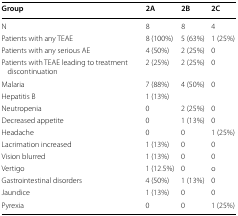
<table><thead><tr><td><b>Group</b></td><td><b>2A</b></td><td><b>2B</b></td><td><b>2C</b></td></tr></thead><tbody><tr><td>N</td><td>8</td><td>8</td><td>4</td></tr><tr><td>Patients with any TEAE</td><td>8 (100%)</td><td>5 (63%)</td><td>1 (25%)</td></tr><tr><td>Patients with any serious AE</td><td>4 (50%)</td><td>2 (25%)</td><td>0</td></tr><tr><td>Patients with TEAE leading to treatment discontinuation</td><td>2 (25%)</td><td>2 (25%)</td><td>0</td></tr><tr><td>Malaria</td><td>7 (88%)</td><td>4 (50%)</td><td>0</td></tr><tr><td>Hepatitis B</td><td>1 (13%)</td><td></td><td></td></tr><tr><td>Neutropenia</td><td>0</td><td>2 (25%)</td><td>0</td></tr><tr><td>Decreased appetite</td><td>0</td><td>1 (13%)</td><td>0</td></tr><tr><td>Headache</td><td>0</td><td>0</td><td>1 (25%)</td></tr><tr><td>Lacrimation increased</td><td>1 (13%)</td><td>0</td><td>0</td></tr><tr><td>Vision blurred</td><td>1 (13%)</td><td>0</td><td>0</td></tr><tr><td>Vertigo</td><td>1 (12.5%)</td><td>0</td><td>o</td></tr><tr><td>Gastrointestinal disorders</td><td>4 (50%)</td><td>1 (13%)</td><td>0</td></tr><tr><td>Jaundice</td><td>1 (13%)</td><td>0</td><td>0</td></tr><tr><td>Pyrexia</td><td>0</td><td>0</td><td>1 (25%)</td></tr></tbody></table>